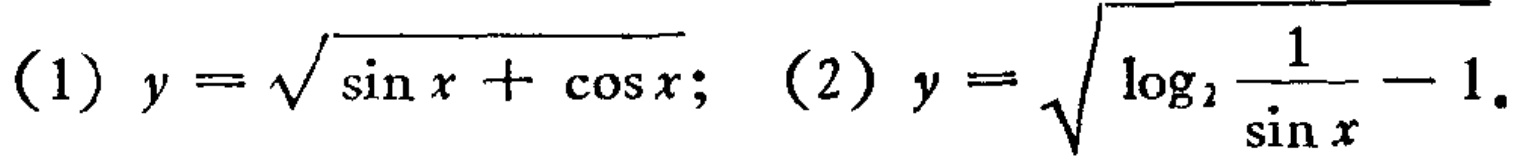
(1) \(y = \sqrt{\sin x+\cos x}\); (2) \(y = \sqrt{\log_{2}\frac{1}{\sin x}-1}\)